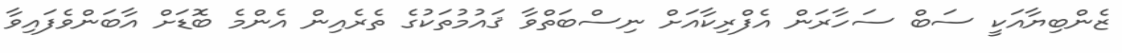
ޒެންބިޔާއަކީ ސަބް ސަހާރަން އެފްރިކާއަށް ނިސްބަތްވާ ޤައުމުތަކުގެ ތެރެއިން އެންމެ ބޮޑަށް އާބަންވެފައިވާ